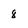
Character: 8